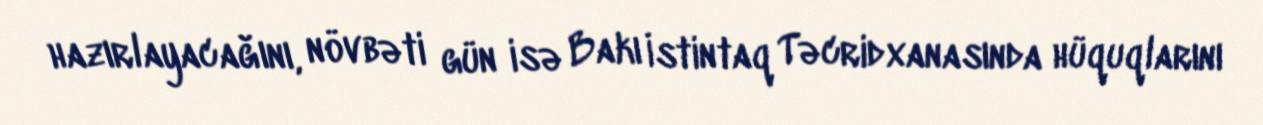
hazırlayacağını, növbəti gün isə Bakı İstintaq Təcridxanasında hüquqlarını